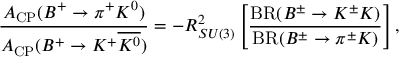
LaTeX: \frac { { \cal A } _ { \mathrm { C P } } ( B ^ { + } \to \pi ^ { + } K ^ { 0 } ) } { { \cal A } _ { \mathrm { C P } } ( B ^ { + } \to K ^ { + } \overline { { { K ^ { 0 } } } } ) } = - R _ { S U ( 3 ) } ^ { 2 } \left[ \frac { \mathrm { B R } ( B ^ { \pm } \to K ^ { \pm } K ) } { \mathrm { B R } ( B ^ { \pm } \to \pi ^ { \pm } K ) } \right] ,